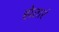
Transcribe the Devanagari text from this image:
होतारं